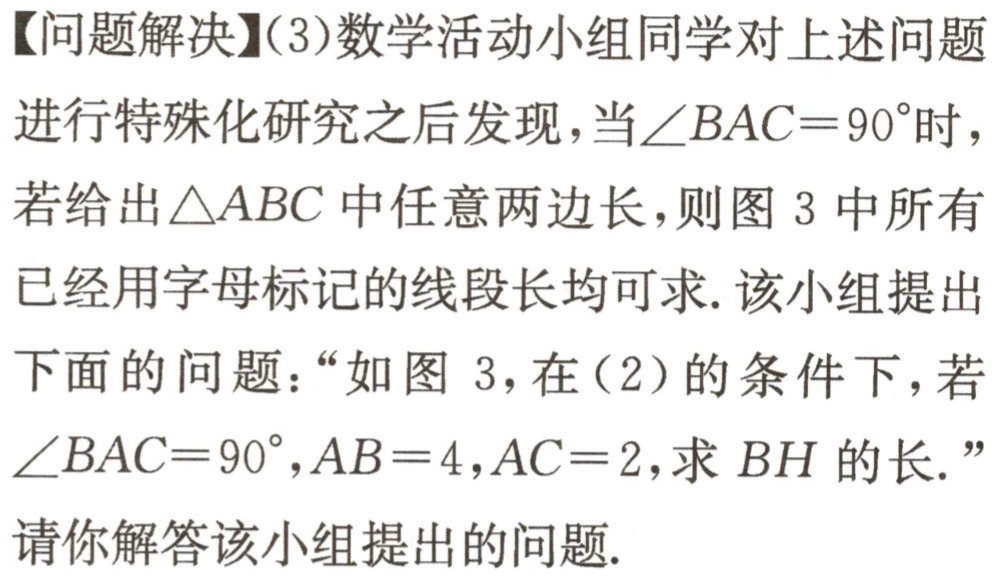
【问题解决】(3)数学活动小组同学对上述问题进行特殊化研究之后发现，当\(\angle BAC = 90^{\circ}\)时，若给出\(\triangle ABC\)中任意两边长，则图 3 中所有已经用字母标记的线段长均可求. 该小组提出下面的问题：“如图 3，在(2)的条件下，若\(\angle BAC = 90^{\circ}\)，\(AB = 4\)，\(AC = 2\)，求\(BH\)的长.”
请你解答该小组提出的问题.